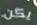
يكن